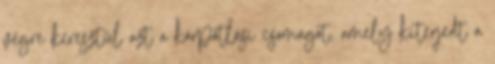
végre keresztül azt a kárpótlási csomagot, amely kiterjedt a